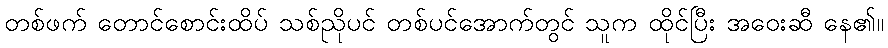
တစ်ဖက် တောင်စောင်းထိပ် သစ်ညိုပင် တစ်ပင်အောက်တွင် သူက ထိုင်ပြီး အဝေးဆီ နေ၏။